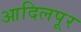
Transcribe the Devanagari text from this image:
आदिलपूर